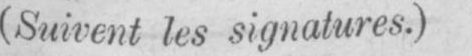
(Suivent les signatures.)